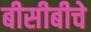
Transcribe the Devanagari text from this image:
बीसीबीचे